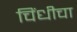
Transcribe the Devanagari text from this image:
चिंधीचा